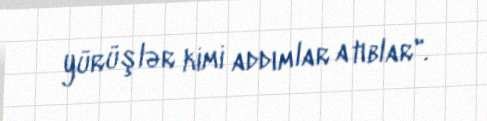
yürüşlər kimi addımlar atıblar".